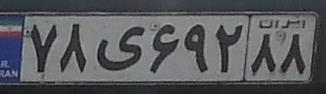
۷۸ی۶۹۲۸۸